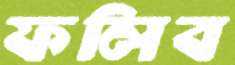
ফলিব